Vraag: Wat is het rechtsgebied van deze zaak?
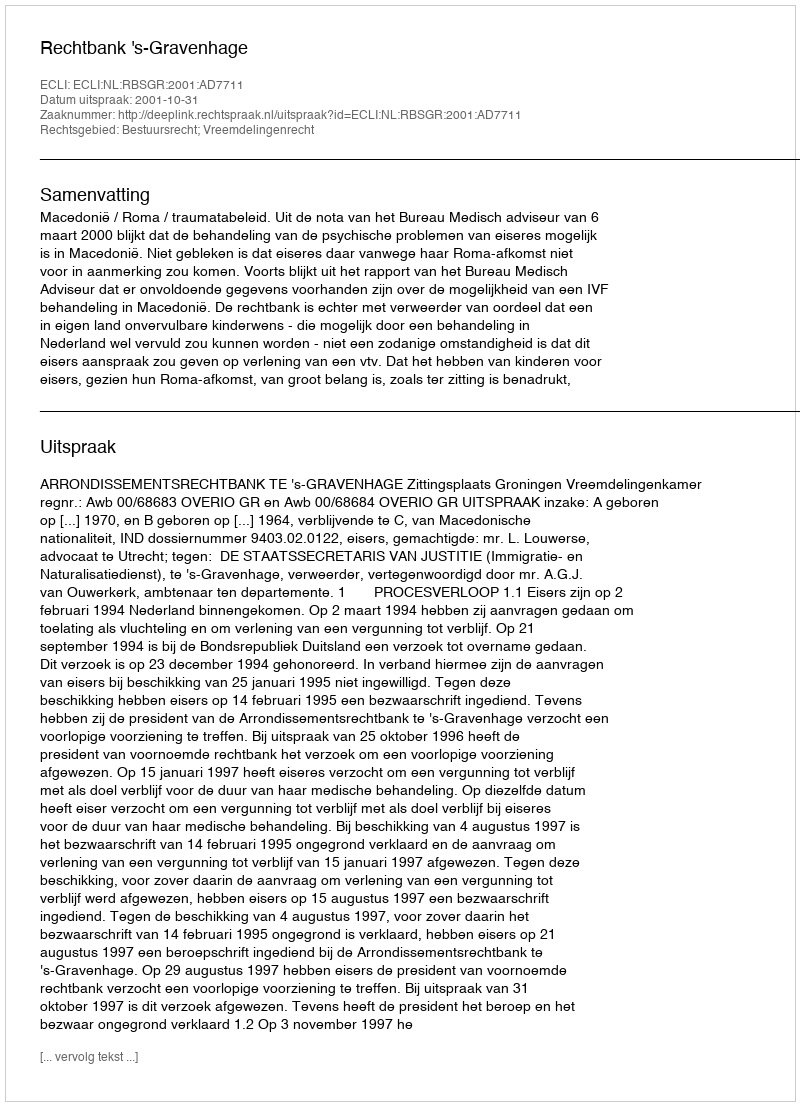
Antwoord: Bestuursrecht; Vreemdelingenrecht